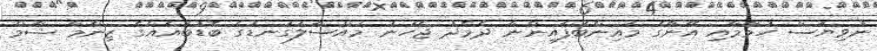
ނުވިޔަސް ހުމާމާއި އޭނާގެ މައިންބަފައިންނާ ދެމެދު ޖެހުނު މައްސަލަގަނޑުގެ ބޮޑުބައެއްގެ ޒިންމާ ޝާމް